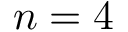
n = 4